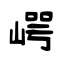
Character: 崿